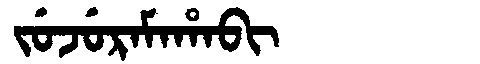
Manchu: ᠵᡠᠵᡠᡵᠠᠮᠠᡥᠠᠪᡳ
Romanization: JUJURAMAHABI